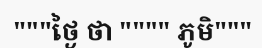
"""ថ្ងៃ ថា """" ភូមិ"""